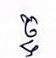
ច្ច